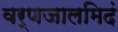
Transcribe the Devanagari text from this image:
वर्णजालमिदं